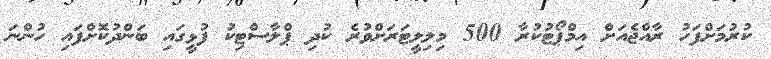
ކުރުމަށްފަހު ރާއްޖެއަށް އިމްޕޯޓުކުރާ 500 މިލިލީޓަރަށްވުރެ ކުދި ޕްލާސްޓިކު ފުޅީގައި ބަންދުކޮށްފައި ހުންނަ